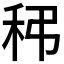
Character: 𥝼